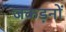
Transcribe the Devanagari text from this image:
जकड़नों